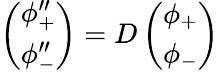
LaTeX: \left(\begin{array}{c}{\phi_{+}^{\prime\prime}}\\ {\phi_{-}^{\prime\prime}}\end{array}\right)=D\left(\begin{array}{c}{\phi_{+}}\\ {\phi_{-}}\end{array}\right)